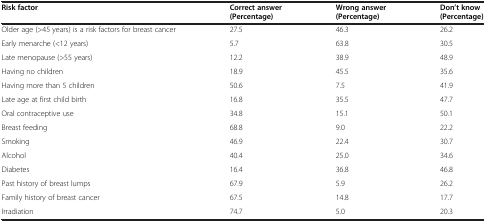
<table><thead><tr><td><b>Risk factor</b></td><td><b>Correct answer (Percentage)</b></td><td><b>Wrong answer (Percentage)</b></td><td><b>Don’t know (Percentage)</b></td></tr></thead><tbody><tr><td>Older age (&gt;45 years) is a risk factors for breast cancer</td><td>27.5</td><td>46.3</td><td>26.2</td></tr><tr><td>Early menarche (&lt;12 years)</td><td>5.7</td><td>63.8</td><td>30.5</td></tr><tr><td>Late menopause (&gt;55 years)</td><td>12.2</td><td>38.9</td><td>48.9</td></tr><tr><td>Having no children</td><td>18.9</td><td>45.5</td><td>35.6</td></tr><tr><td>Having more than 5 children</td><td>50.6</td><td>7.5</td><td>41.9</td></tr><tr><td>Late age at first child birth</td><td>16.8</td><td>35.5</td><td>47.7</td></tr><tr><td>Oral contraceptive use</td><td>34.8</td><td>15.1</td><td>50.1</td></tr><tr><td>Breast feeding</td><td>68.8</td><td>9.0</td><td>22.2</td></tr><tr><td>Smoking</td><td>46.9</td><td>22.4</td><td>30.7</td></tr><tr><td>Alcohol</td><td>40.4</td><td>25.0</td><td>34.6</td></tr><tr><td>Diabetes</td><td>16.4</td><td>36.8</td><td>46.8</td></tr><tr><td>Past history of breast lumps</td><td>67.9</td><td>5.9</td><td>26.2</td></tr><tr><td>Family history of breast cancer</td><td>67.5</td><td>14.8</td><td>17.7</td></tr><tr><td>Irradiation</td><td>74.7</td><td>5.0</td><td>20.3</td></tr></tbody></table>